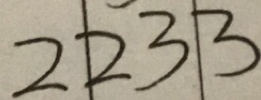
2 2 3 3